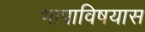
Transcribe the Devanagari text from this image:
भाषाविषयास